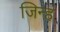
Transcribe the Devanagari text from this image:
जिन्हं